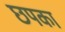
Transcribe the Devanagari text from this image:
छपका